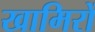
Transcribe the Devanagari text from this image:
खामिरों